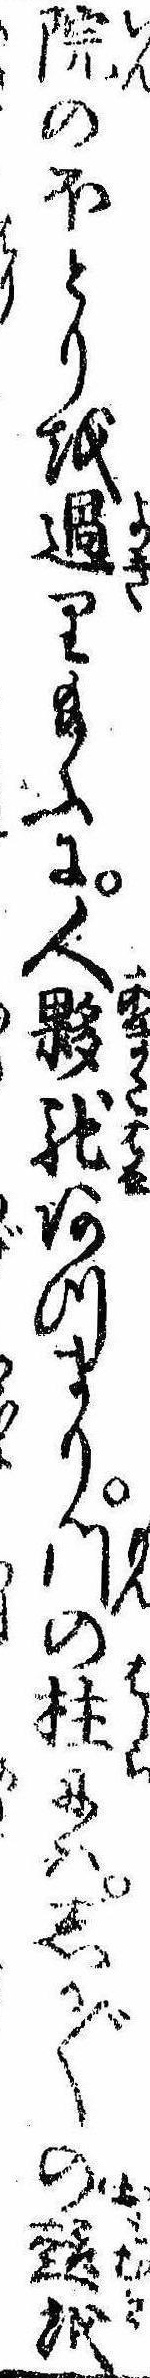
院のほとりを過り給ふに人夥馳あつまり門の柱にはしか〲の趣を